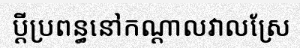
ប្តីប្រពន្ធនៅកណ្តាលវាលស្រែ